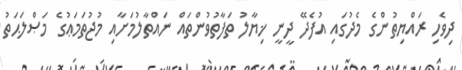
ދިވެހި ރައްޔިތުންގެ މެދުގައި އުފެދޭ ދީނީ ޚިޔާލު ތަފާތުވުންތައް ނައްތާލުމަށާއި މުޖުތަމަޢުގެ މަޞްލަޙަތު